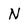
Character: N